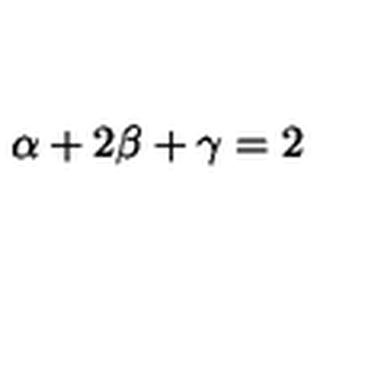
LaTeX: \alpha + 2 \beta + \gamma = 2